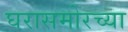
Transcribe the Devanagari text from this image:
घरासमोरच्या